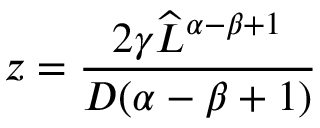
z = \frac { 2 \gamma { \widehat { L } } ^ { \alpha - \beta + 1 } } { D ( \alpha - \beta + 1 ) }